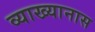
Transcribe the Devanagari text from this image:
व्याख्यानास